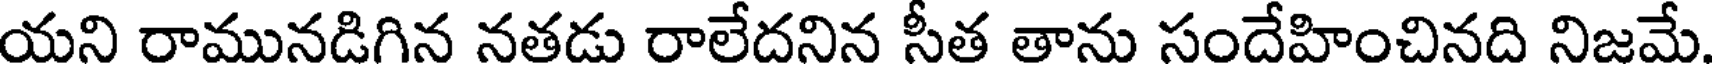
యని రామునడిగిన నతడు రాలేదనిన సీత తాను సందేహించినది నిజమే